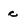
Character: c